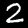
Label: 2